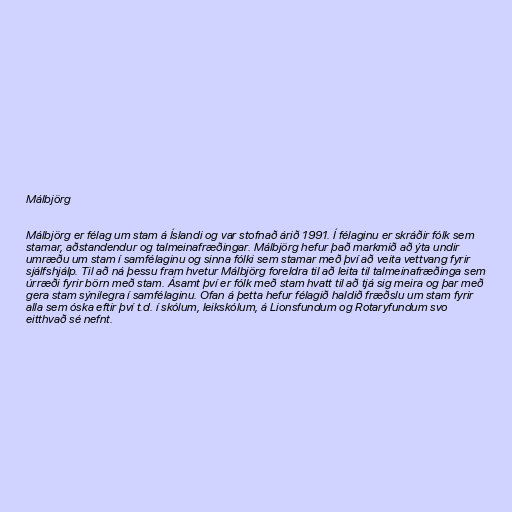
Málbjörg

Málbjörg er félag um stam á Íslandi og var stofnað árið 1991. Í félaginu er skráðir fólk sem
stamar, aðstandendur og talmeinafræðingar. Málbjörg hefur það markmið að ýta undir
umræðu um stam í samfélaginu og sinna fólki sem stamar með því að veita vettvang fyrir
sjálfshjálp. Til að ná þessu fram hvetur Málbjörg foreldra til að leita til talmeinafræðinga sem
úrræði fyrir börn með stam. Ásamt því er fólk með stam hvatt til að tjá sig meira og þar með
gera stam sýnilegra í samfélaginu. Ofan á þetta hefur félagið haldið fræðslu um stam fyrir
alla sem óska eftir því t.d. í skólum, leikskólum, á Lionsfundum og Rotaryfundum svo
eitthvað sé nefnt.